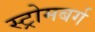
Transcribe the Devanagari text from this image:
स्ट्रोमबर्ग